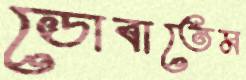
ডোবাতেম